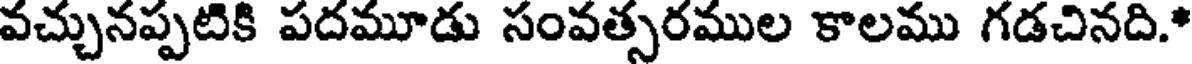
వచ్చునప్పటికి పదమూడు సంవత్సరముల కాలము గడచినది.*